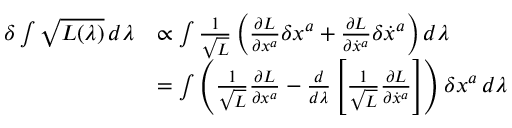
\begin{array} { r l } { \delta \int \sqrt { L ( \lambda ) } \, d \lambda } & { \propto \int \frac { 1 } { \sqrt { L } } \left( \frac { \partial L } { \partial x ^ { a } } \delta x ^ { a } + \frac { \partial L } { \partial \dot { x } ^ { a } } \delta \dot { x } ^ { a } \right) d \lambda } \\ & { = \int \left( \frac { 1 } { \sqrt { L } } \frac { \partial L } { \partial x ^ { a } } - \frac { d } { d \lambda } \left[ \frac { 1 } { \sqrt { L } } \frac { \partial L } { \partial \dot { x } ^ { a } } \right] \right) \delta x ^ { a } \, d \lambda } \end{array}